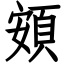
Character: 頞